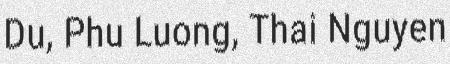
Du, Phu Luong, Thai Nguyen